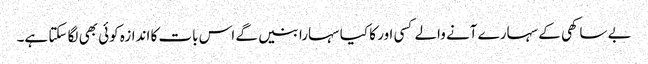
بے ساکھی کے سہارے آنے والے کسی اور کا کیا سہارا بنیں گے اس بات کا اندازہ کوئی بھی لگا سکتا ہے۔